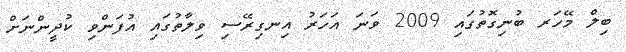
ބިލް މޭހަރ ބުނިގޮތުގައި 2009 ވަނަ އަހަރު އިނގިރޭސި ވިލާތުގައި އުފަންވި ކުދީންނަށް